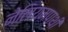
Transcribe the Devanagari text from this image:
नेलियमपाथी